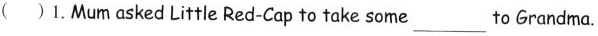
( )1.Mum asked Little Red-Cap to take some ___ to Grandma.